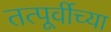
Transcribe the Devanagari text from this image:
तत्पूर्वीच्या